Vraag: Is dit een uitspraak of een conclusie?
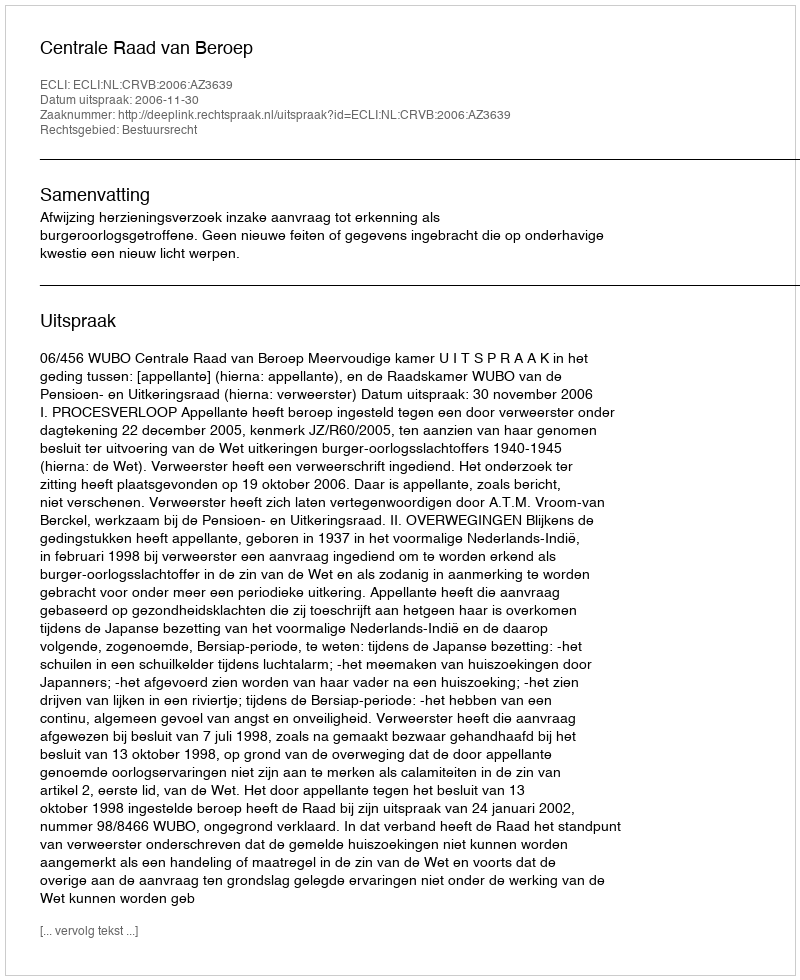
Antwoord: Uitspraak